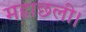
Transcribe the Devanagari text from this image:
महाछली।